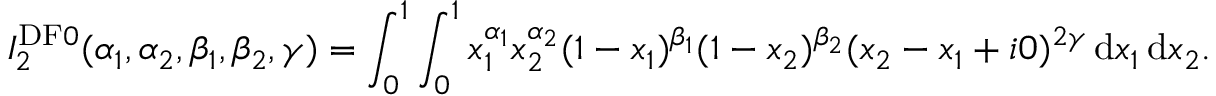
I _ { 2 } ^ { \mathrm { D F } 0 } ( \alpha _ { 1 } , \alpha _ { 2 } , \beta _ { 1 } , \beta _ { 2 } , \gamma ) = \int _ { 0 } ^ { 1 } \int _ { 0 } ^ { 1 } x _ { 1 } ^ { \alpha _ { 1 } } x _ { 2 } ^ { \alpha _ { 2 } } ( 1 - x _ { 1 } ) ^ { \beta _ { 1 } } ( 1 - x _ { 2 } ) ^ { \beta _ { 2 } } ( x _ { 2 } - x _ { 1 } + i 0 ) ^ { 2 \gamma } \, \mathrm { d } x _ { 1 } \, \mathrm { d } x _ { 2 } .